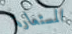
المستعارة